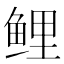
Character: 鲤